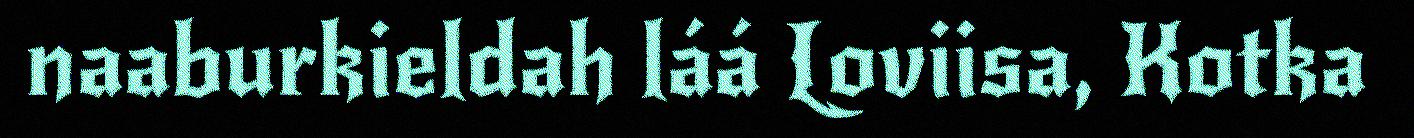
naaburkieldah láá Loviisa, Kotka